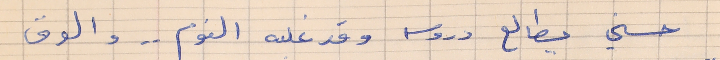
حسني    يطالع دروسه وقد غلبه النوم . . والعرق